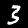
Label: 3